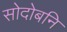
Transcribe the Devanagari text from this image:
सोदोबनि